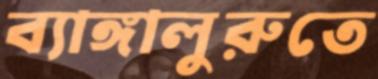
ব্যাঙ্গালুরুতে